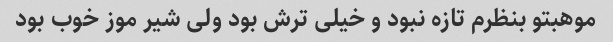
موهبتو بنظرم تازه نبود و خیلی ترش بود ولی شیر موز خوب بود